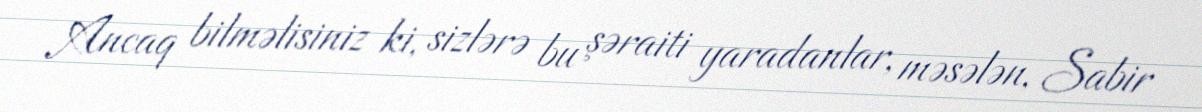
Ancaq bilməlisiniz ki, sizlərə bu şəraiti yaradanlar, məsələn, Sabir